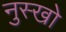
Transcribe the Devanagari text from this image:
नुस्खो